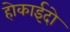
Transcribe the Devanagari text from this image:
होकाईदो